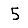
Digit: 5